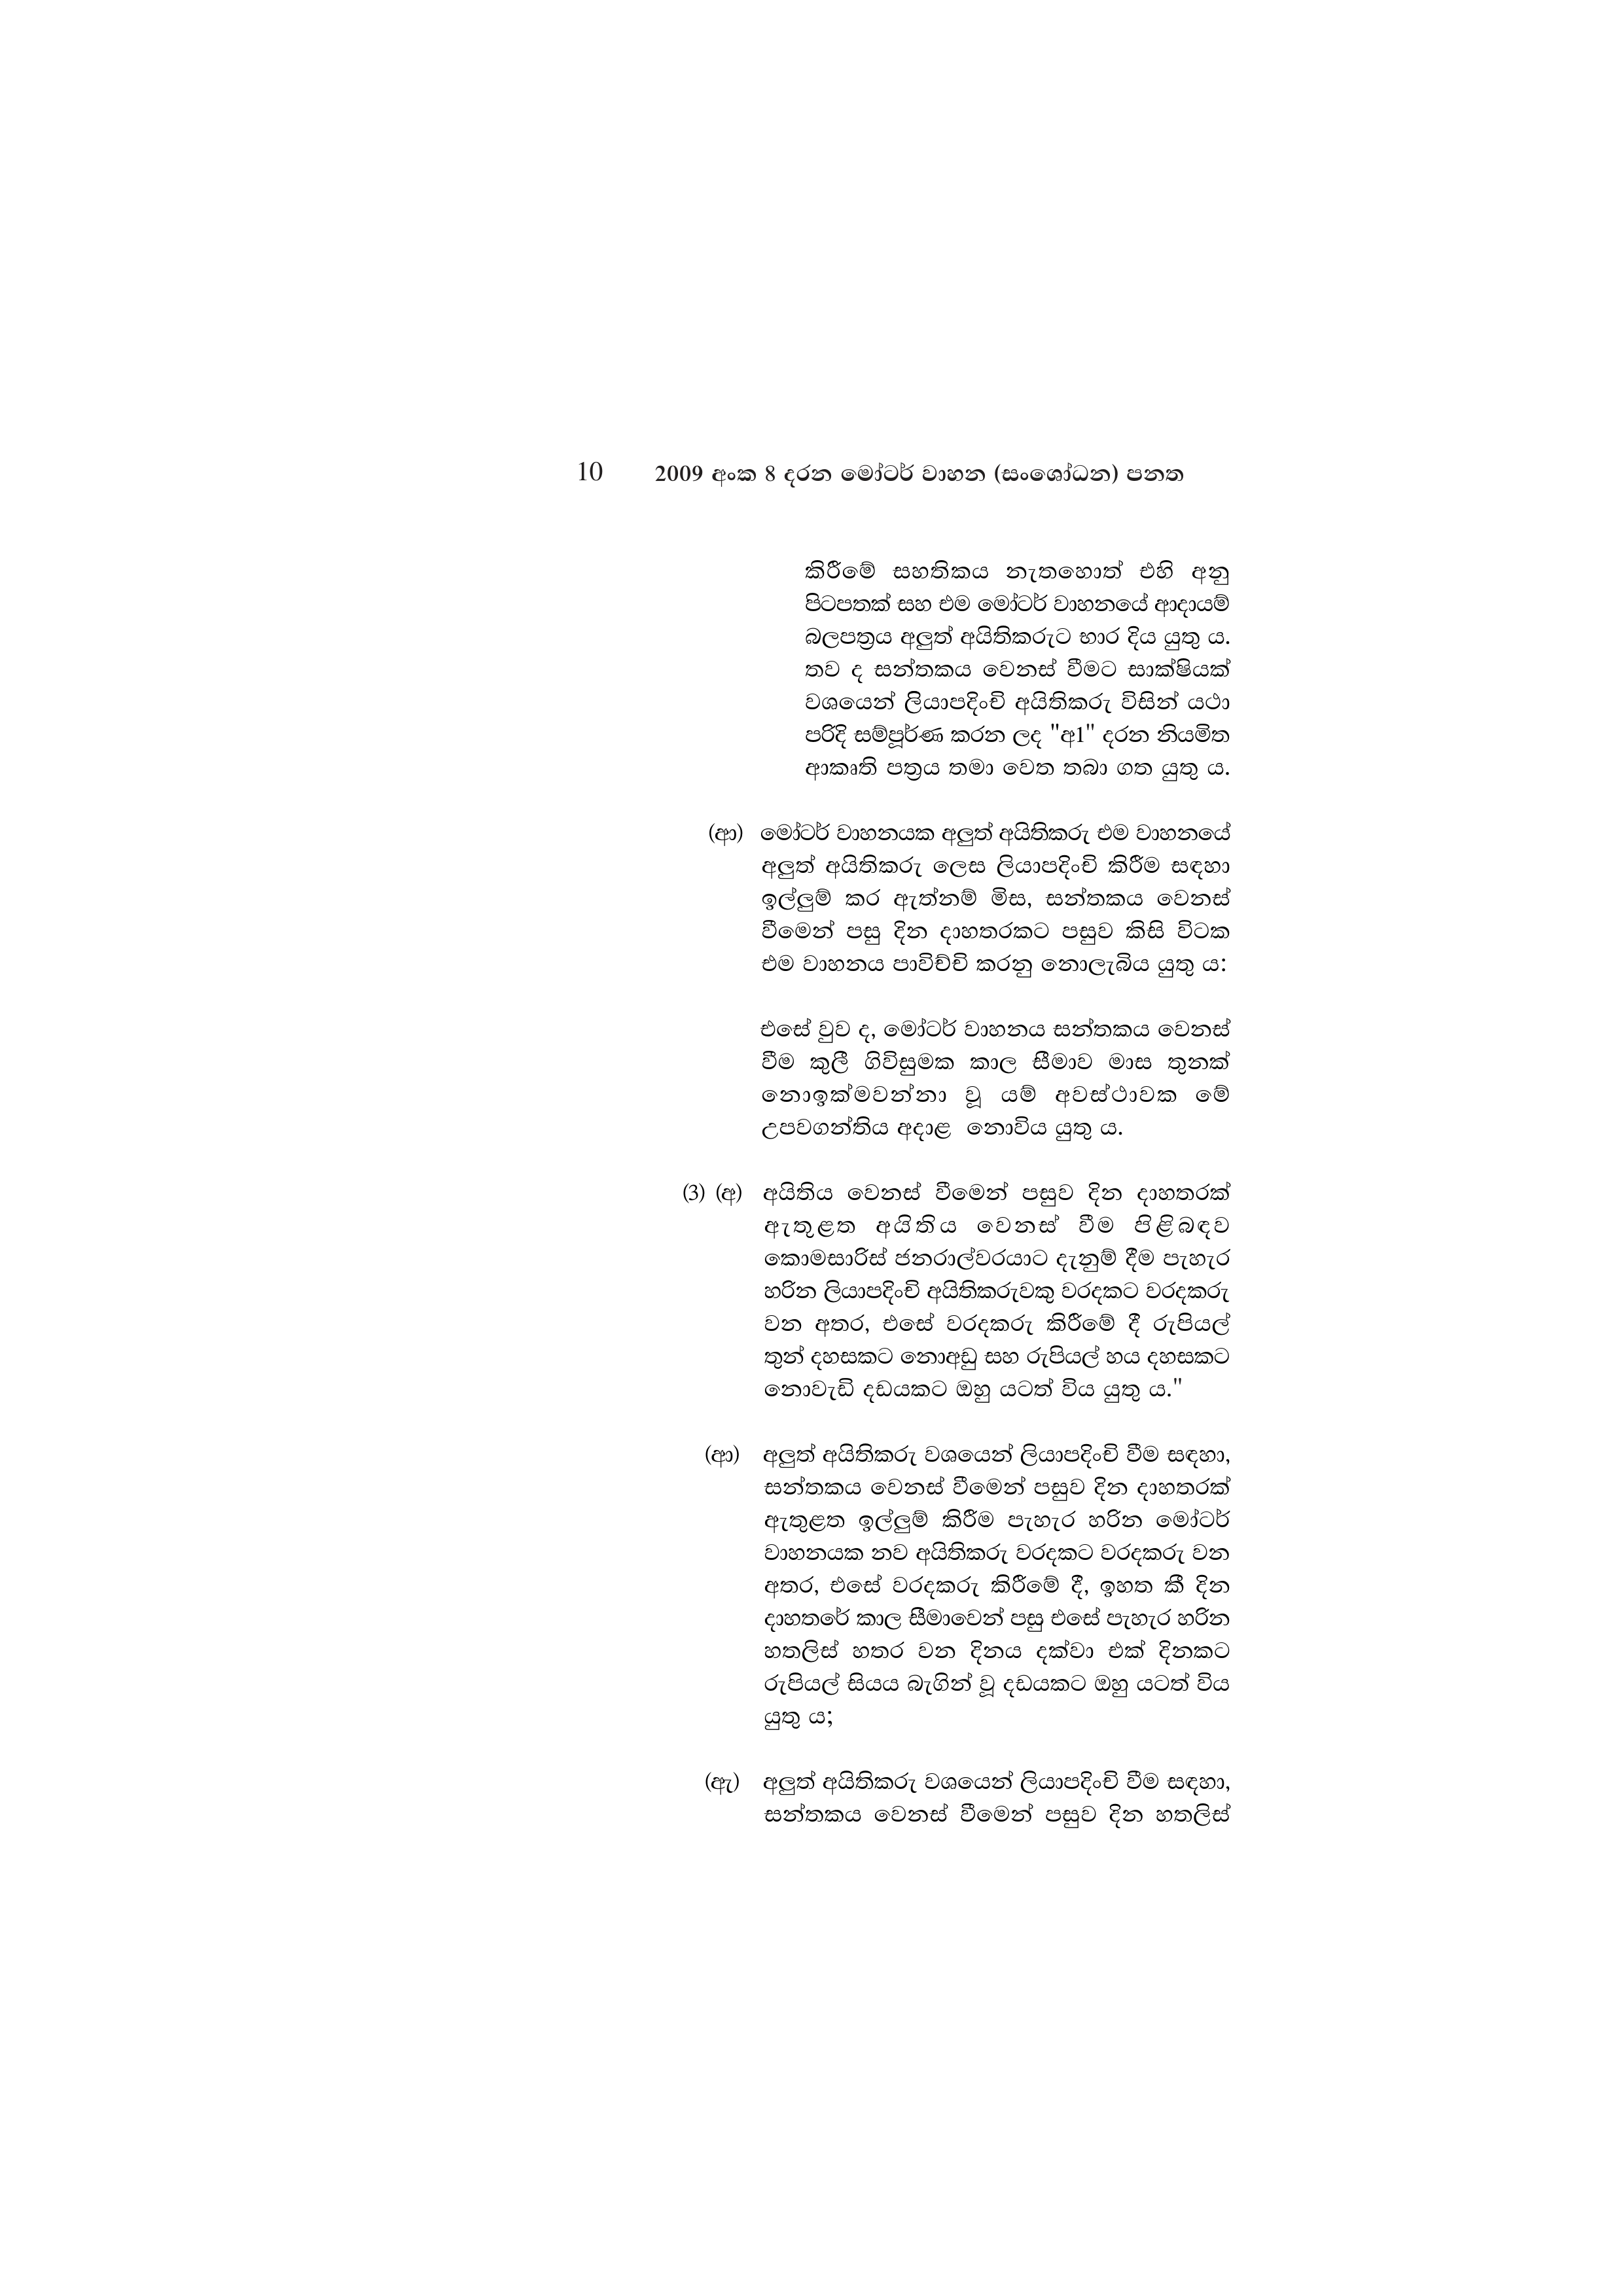
10 2009 අංක 8 දරන මෝටර් වාහන (සංශෝධන) පනත

කිරීමේ සහතිකය නැතහොත් එහි අනු
පිටපතක් සහ එම මෝටර් වාහනයේ ආදායම්
බලපත්‍රය අලුත් අයිතිකරුට භාර දිය යුතු ය.
තව ද සන්තකය වෙනස් වීමට සාක්ෂියක්
වශයෙන් ලියාපදිංචි අයිතිකරු විසින් යථා
පරිදි සම්පූර්ණ කරන ලද "අ1" දරන නියමිත
ආකෘති පත්‍රය තමා වෙත තබා ගත යුතු ය.

(ආ) මෝටර් වාහනයක අලුත් අයිතිකරු එම වාහනයේ
අලුත් අයිතිකරු ලෙස ලියාපදිංචි කිරීම සඳහා
ඉල්ලුම් කර ඇත්නම් මිස, සන්තකය වෙනස්
වීමෙන් පසු දින දාහතරකට පසුව කිසි විටක
එම වාහනය පාවිච්චි කරනු නොලැබිය යුතු ය:

එසේ වුව ද, මෝටර් වාහනය සන්තකය වෙනස්
වීම කුලී ගිවිසුමක කාල සීමාව මාස තුනක්
නොඉක්මවන්නා යම් අවස්ථාවක මේ
උපවගන්තිය අදාළ නොවිය යුතු ය.

(3) (අ) අයිතිය වෙනස් වීමෙන් පසුව දින දාහතරක්
ඇතුළත අයිතිය වෙනස් වීම පිළිබඳව
කොමසාරිස් ජනරාල්වරයාට දැනුම් දීම පැහැර
හරින ලියාපදිංචි අයිතිකරුවකු වරදකට වරදකරු
වන අතර, එසේ වරදකරු කිරීමේ දී රුපියල්
තුන් දහසකට නොඅඩු සහ රුපියල් හය දහසකට
නොවැඩි දඩයකට ඔහු යටත් විය යුතු ය."

(ආ) අලුත් අයිතිකරු වශයෙන් ලියාපදිංචි වීම සඳහා,
සන්තකය වෙනස් වීමෙන් පසුව දින දාහතරක්
ඇතුළත ඉල්ලුම් කිරීම පැහැර හරින මෝටර්
වාහනයක නව අයිතිකරු වරදකට වරදකරු වන
අතර, එසේ වරදකරු කිරීමේ දී, ඉහත කී දින
දාහතරේ කාල සීමාවෙන් පසු එසේ පැහැර හරින
හතලිස් හතර වන දිනය දක්වා එක් දිනකට
රුපියල් සියය බැගින් වූ දඩයකට ඔහු යටත් විය
යුතු ය,

(ඇ) අලුත් අයිතිකරු වශයෙන් ලියාපදිංචි වීම සඳහා,
සන්තකය වෙනස් වීමෙන් පසුව දින හතලිස්